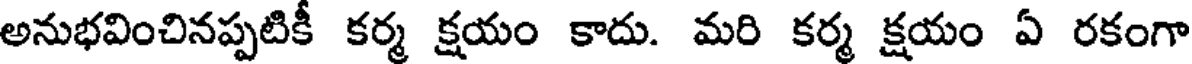
అనుభవించినప్పటికీ కర్మ క్షయం కాదు. మరి కర్మ క్షయం ఏ రకంగా